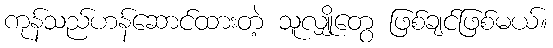
ကုန်သည်ဟန်ဆောင်ထားတဲ့ သူလျှိုတွေ ဖြစ်ချင်ဖြစ်မယ်။